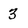
Character: 3